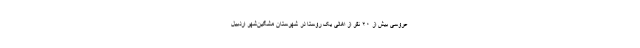
عروسی بیش از ۲۰ نفر از اهالی یک روستا در شهرستان مشگین‌شهر اردبیل